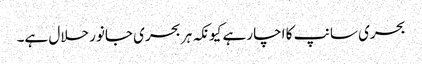
بحری سانپ کا اچار ہے کیونکہ ہر بحری جانور حلال ہے۔